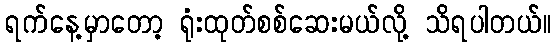
ရက်နေ့မှာတော့ ရုံးထုတ်စစ်ဆေးမယ်လို့ သိရပါတယ်။